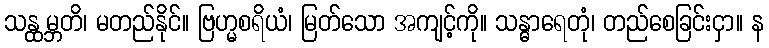
သန္ထမ္ဘတိ၊ မတည်နိုင်။ ဗြဟ္မစရိယံ၊ မြတ်သော အကျင့်ကို။ သန္ဓာရေတုံ၊ တည်စေခြင်းငှာ။ န